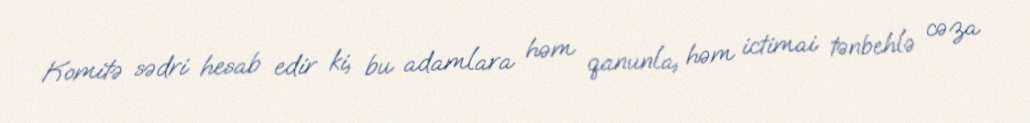
Komitə sədri hesab edir ki, bu adamlara həm qanunla, həm ictimai tənbehlə cəza